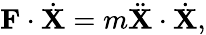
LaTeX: \mathbf{F}\cdot{\dot{\mathbf{X}}}=m{\ddot{\mathbf{X}}}\cdot{\dot{\mathbf{X}}},